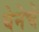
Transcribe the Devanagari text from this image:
घेनेचे